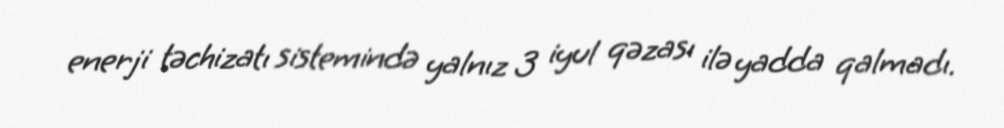
enerji təchizatı sistemində yalnız 3 iyul qəzası ilə yadda qalmadı.